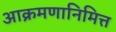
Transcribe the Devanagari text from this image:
आक्रमणानिमित्त